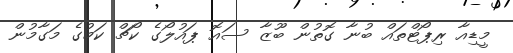
މީޑިއާ ރިޕޯޓްތައް ބުނާ ގޮތުން ބޫޒާ ސައޮ ޕައުލޯގެ ކޯޗް ކަމުގެ މަގާމުން